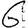
Digit: 6